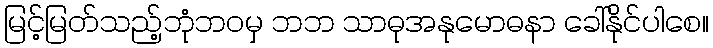
မြင့်မြတ်သည့်ဘုံဘဝမှ ဘဘ သာဓုအနုမောဓနာ ခေါ်နိုင်ပါစေ။